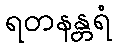
ရတနန္တရံ